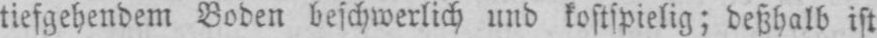
tiefgehendem Boden beschwerlich und kostspielig; deßhalb ist